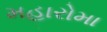
મહારોમા